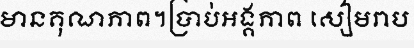
មានគុណភាព។ប្រាប់អង្គភាព សៀមរាប